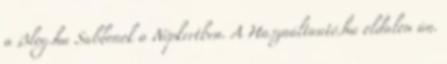
a Blog.hu Sablonok a Népkertben. A Használtautó.hu oldalon ún.